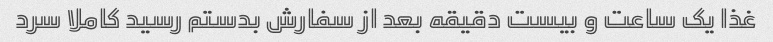
غذا یک ساعت و بیست دقیقه بعد از سفارش بدستم رسید کاملا سرد